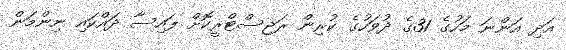
އަދި އަންނަ މަހުގެ 31ގެ ދުވަހުގެ ކުރިން ރަޖިސްޓްރީކޮށް ފައިސާ ދައްކައި ނިންމަން